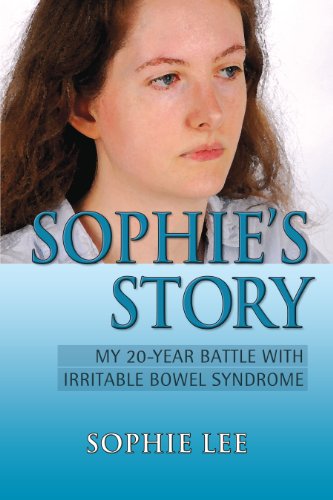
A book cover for Sophie's Story: My 20-Year Battle with Irritable Bowel Syndrome; Sophie Lee; Health, Fitness & Dieting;